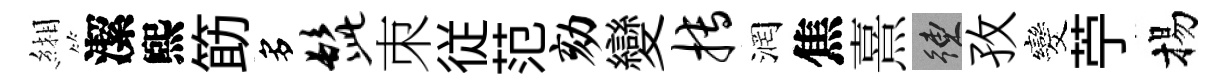
緗潔煕筯多髭朿従范劾變搏润焦熹練孜发苧揚